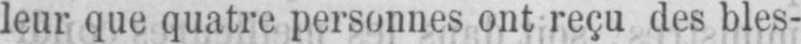
leur que quatre personnes ont reçu des bles-